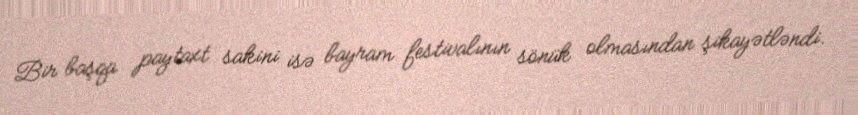
Bir başqa paytaxt sakini isə bayram festivalının sönük olmasından şikayətləndi.